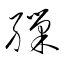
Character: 繅